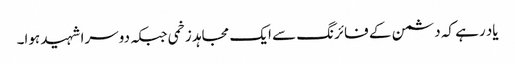
یاد رہے کہ دشمن کے فائرنگ سے ایک مجاہد زخمی جبکہ دوسرا شہید ہوا۔